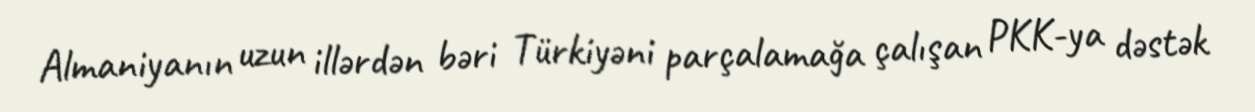
Almaniyanın uzun illərdən bəri Türkiyəni parçalamağa çalışan PKK-ya dəstək